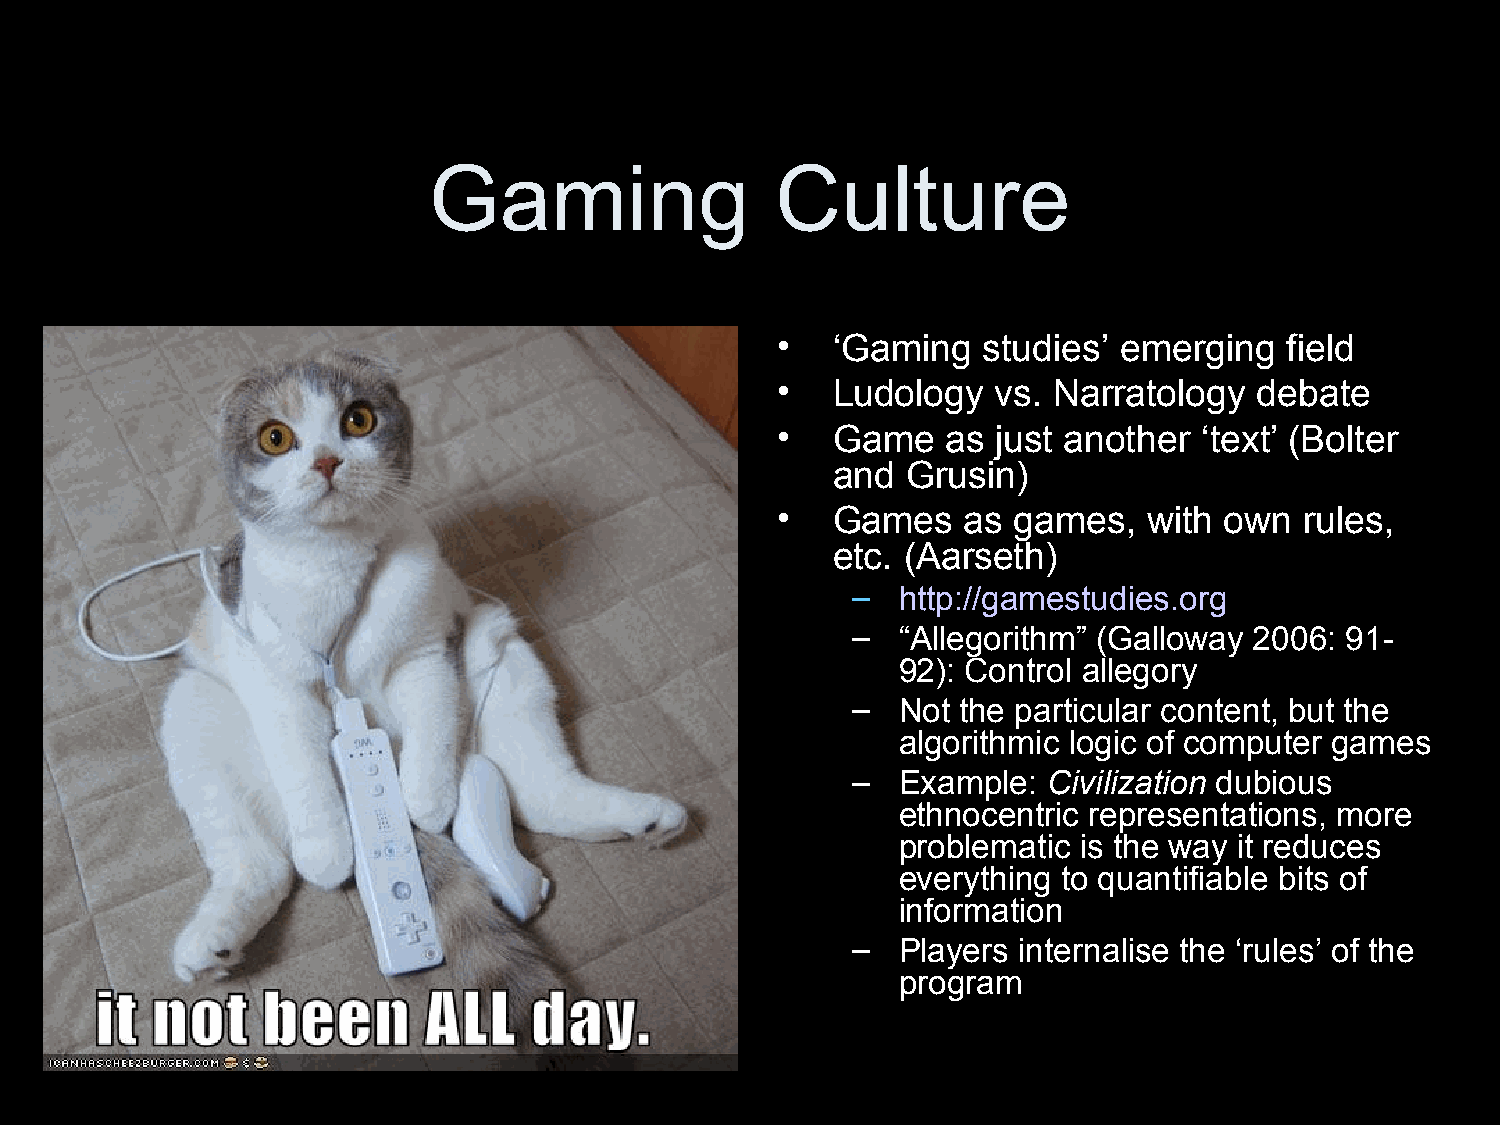
Gaming                 Culture
 •   ‘Gaming   studies’ emerging   field
 •   Ludology   vs. Narratology  debate
 •   Game    as just another  ‘text’ (Bolter
 and  Grusin)
 •   Games    as games,   with own  rules,
 etc. (Aarseth)
 –  http://gamestudies.org
 –  “Allegorithm” (Galloway 2006: 91-
 92): Control allegory
 –  Not  the particular content, but the
 algorithmic logic of computer games
 –  Example:  Civilization dubious
 ethnocentric representations, more
 problematic is the way it reduces
 everything to quantifiable bits of
 information
 –  Players internalise the ‘rules’ of the
 program